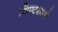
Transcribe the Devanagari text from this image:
थिएटरमधे